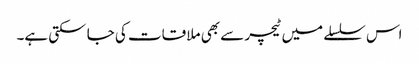
اس سلسلے میں ٹیچر سے بھی ملا قات کی جا سکتی ہے۔